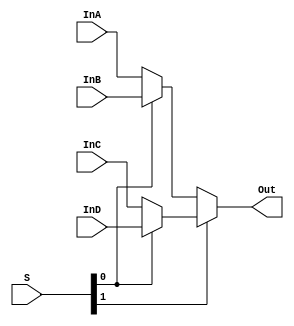

module mux4to1(InA, InB, InC, InD, S, Out);
    input InA, InB, InC, InD;
    input [1:0] S;
    output Out;

    wire mux0_out, mux1_out;

    assign mux0_out = (S[0]) ? InB : InA;
    assign mux1_out = (S[0]) ? InD : InC;
	assign Out = (S[1]) ? mux1_out : mux0_out;
endmodule